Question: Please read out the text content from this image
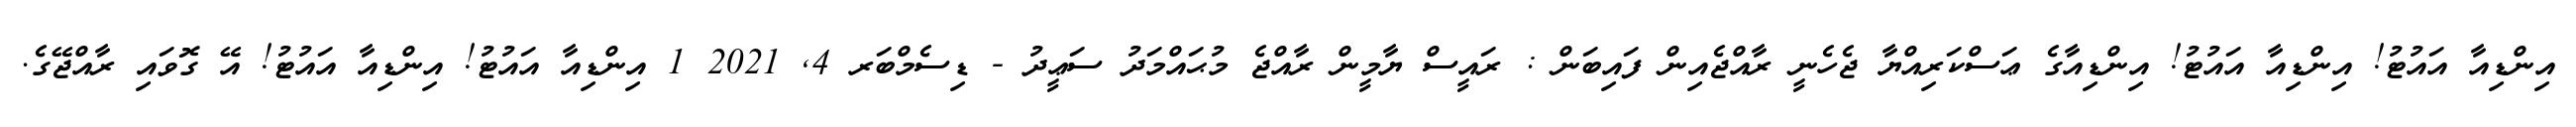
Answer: އިންޑިއާ އައުޓު! އިންޑިއާ އައުޓު! އިންޑިއާގެ ޢަސްކަރިއްޔާ ޖެހެނީ ރާއްޖެއިން ފައިބަން : ރައީސް ޔާމީން ރާއްޖެ މުޙައްމަދު ސަޢީދު - ޑިސެމްބަރ 4, 2021 1 އިންޑިއާ އައުޓު! އިންޑިއާ އައުޓު! އޭ ގޮވައި ރާއްޖޭގެ.